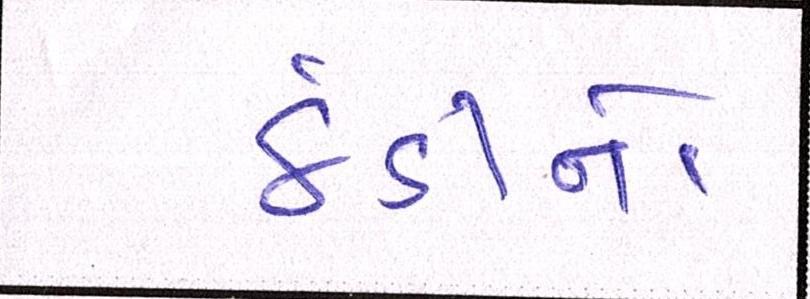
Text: ઠંડીનો